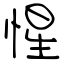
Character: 惺